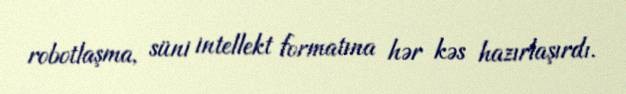
robotlaşma, süni intellekt formatına hər kəs hazırlaşırdı.